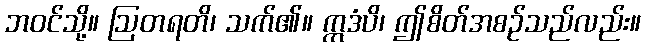
ဘဝင်သို့။ ဩတရတိ၊ သက်၏။ ဣဒံပိ၊ ဤစိတ်အစဉ်သည်လည်း။